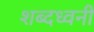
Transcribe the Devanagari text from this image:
शब्दध्वनी